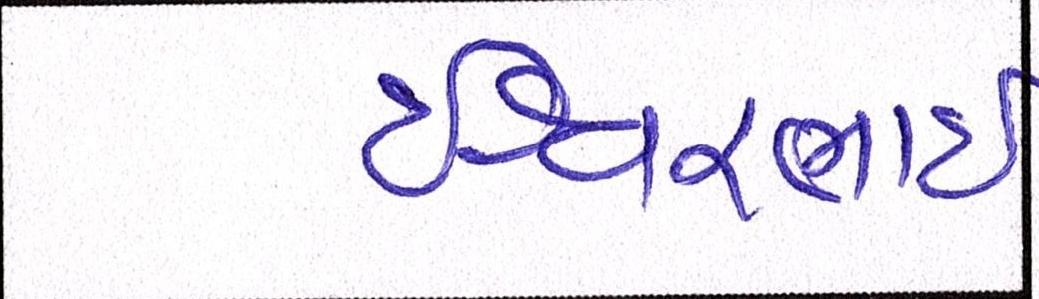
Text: ઇશ્વરભાઇ